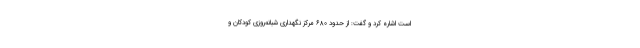
است اشاره کرد و گفت: از حدود ۶۸۰ مرکز نگهداری شبانه‌روزی کودکان و